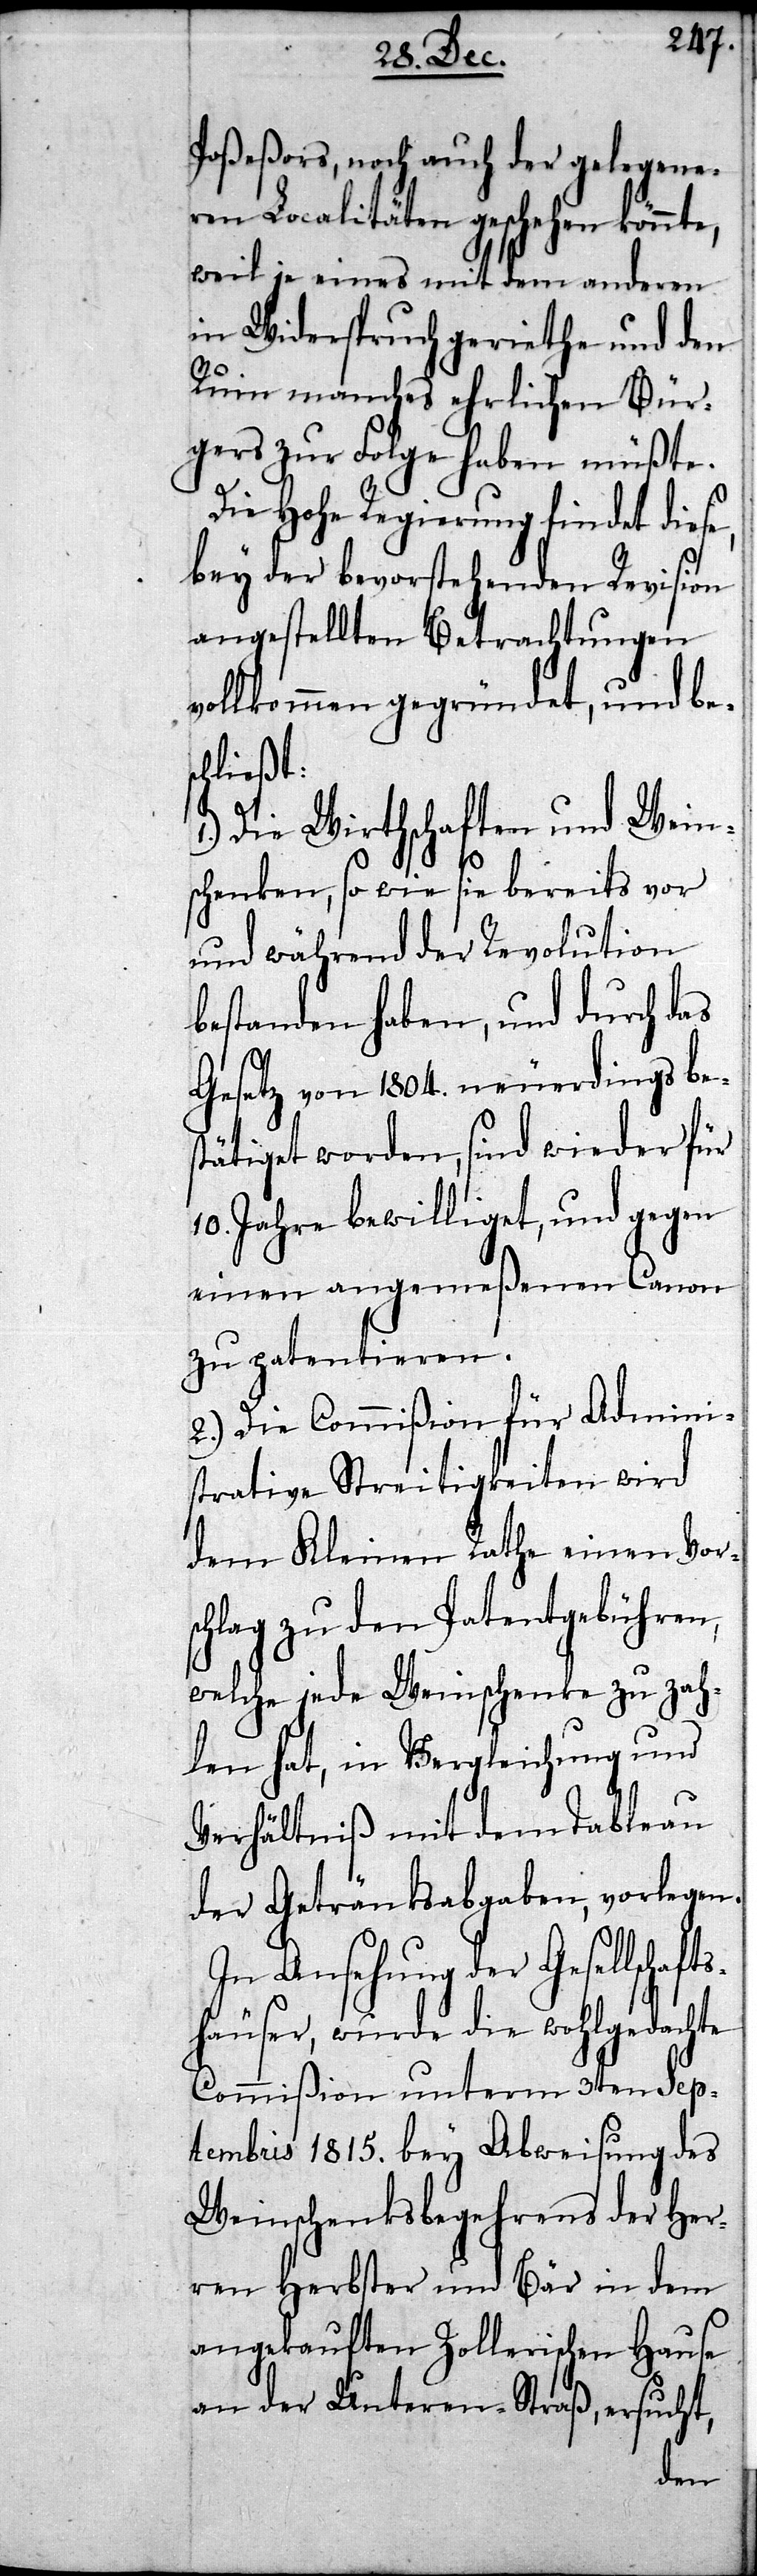
Poßeßors, noch auch der gelegene¬
ren Localitäten geschehen könnte,
weil je eines mit dem anderen
in Widerspruch geriethe und den
Ruin manches ehrlichen Bür¬
gers zur Folge haben müßte.
Die Hohe Regierung findet diese,
bey der bevorstehenden Revision
angestellten Betrachtungen
vollkommen gegründet, und be¬
chließt:
Die Wirthschaften und Wein¬
schenken, so wie sie bereits vor
und während der Revolution
bestanden haben, und durch das
Gesetz von 1804. neuerdings bes¬
tätiget worden, sind wieder f¬
10. Jahre bewilliget, und gegen
einen angemeßenen Canon
zu patentieren.
2.) Die Commißion für Admini¬
strative Streitigkeiten wird
dem Kleinen Rathe einen
chlag zu den Patentgebühren,
ft¬
welche jede Weinschenke zu
hlen hat, in Vergleichung und
Verhältniß mit dem Tableau
der Getränksabgaben, vorlegen.
In Ansehung der Gesellscha¬
shäuser, wurde die wohlgedachte
Commißion unterm 3ten Sep¬
tembris 1815. bey Abweisung des
Weinschenkbegehrens der Her¬
ren Herbster und Bär in dem
angekauften Zollerischen Hause
an der Unteren-Straß, ersucht,